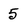
Character: 5